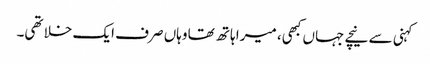
کہنی سے نیچے جہاں کبھی، میرا ہاتھ تھا وہاں صرف ایک خلا تھی۔